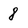
Character: 8